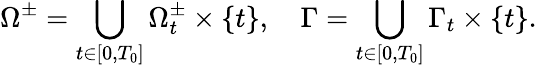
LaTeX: \Omega^{\pm}=\bigcup_{t\in[0,T_{0}]}\Omega_{t}^{\pm}\times\{ t\} ,\quad\Gamma=\bigcup_{t\in[0,T_{0}]}\Gamma_{t}\times\{ t\} .